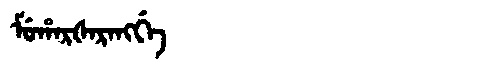
Manchu: ᠮᡠᡥᠠᡵᡧᠠᡵᠠᠩᡤᡝ
Romanization: MUHARŠARANGGE